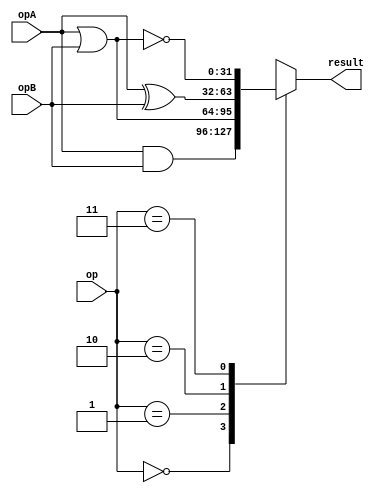
/****************************************************************************
          logic unit
- note ALU must be able to increment PC for JAL type instructions

Operation Table
  op
  0     AND
  1     OR
  2     XOR
  3     NOR
****************************************************************************/
module logic_unit (
            opA, opB,
            op,
            result);
parameter WIDTH=32;


input [WIDTH-1:0] opA;
input [WIDTH-1:0] opB;
input [2-1:0] op;
output [WIDTH-1:0] result;

reg [WIDTH-1:0] logic_result;

always@(opA or opB or op )
    case(op)
        2'b00:
            logic_result=opA&opB;
        2'b01:
            logic_result=opA|opB;
        2'b10:
            logic_result=opA^opB;
        2'b11:
            logic_result=~(opA|opB);
    endcase

assign result=logic_result;


endmodule